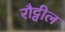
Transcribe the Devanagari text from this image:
रौट्वील